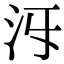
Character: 𣲐